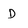
Character: D